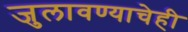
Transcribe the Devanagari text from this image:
जुलावण्याचेही